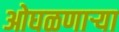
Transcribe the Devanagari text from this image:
ओघळणाऱ्या